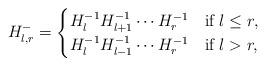
LaTeX: \begin{align*}H_{l,r}^{-}=\begin{cases}H_l^{-1}H_{l+1}^{-1}\cdots H_{r}^{-1}& \hbox {if } l\leq r, \\H_l^{-1}H_{l-1}^{-1}\cdots H_{r}^{-1}& \hbox {if } l>r,\end{cases}\end{align*}